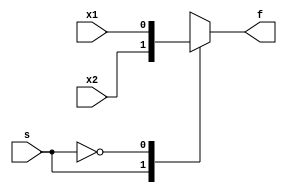
`timescale 1ns / 1ps
//////////////////////////////////////////////////////////////////////////////////
// Company: 
// Engineer: 
// 
// Design Name: 
// Module Name: mux_2x1_beh
// Project Name: 
// Target Devices: 
// Tool Versions: 
// Description: 
// 
// Dependencies: 
// 
// Revision:
// Revision 0.01 - File Created
// Additional Comments:
// 
//////////////////////////////////////////////////////////////////////////////////


module mux_2x1_beh(
    input x1,
    input x2,
    input s,
    output reg f
    );
        
    
    always @(x1, x2, s)
    begin
    
        /*
        if (s)
        begin
            f = x2;
        end
        else
        begin
            f = x1;
        end
        */
        
        case(s)
            1: f = x2;
            0: f = x1;
        endcase
    end
    

    
endmodule